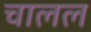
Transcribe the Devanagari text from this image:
चालल